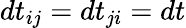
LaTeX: dt_{ij}=dt_{ji}=dt